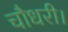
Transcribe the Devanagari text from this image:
चौधरी।